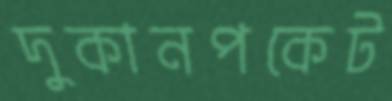
দুকানপকেট